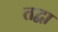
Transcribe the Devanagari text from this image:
तद्वा